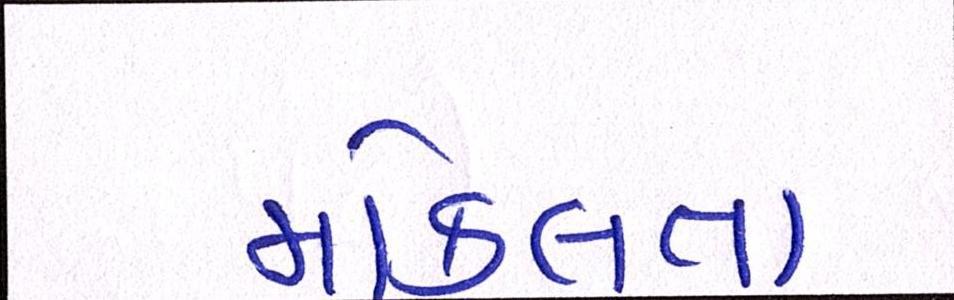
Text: મોકલતા